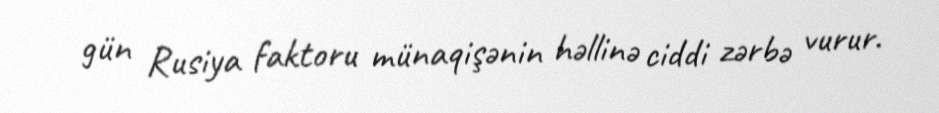
gün Rusiya faktoru münaqişənin həllinə ciddi zərbə vurur.